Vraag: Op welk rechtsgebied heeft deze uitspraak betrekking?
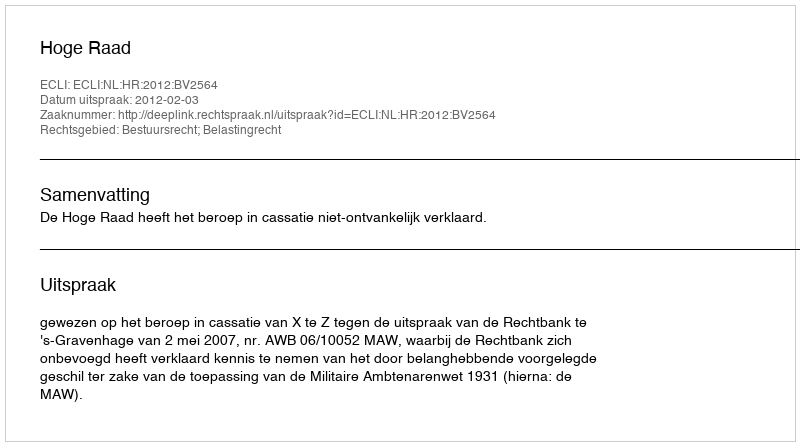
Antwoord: Bestuursrecht; Belastingrecht